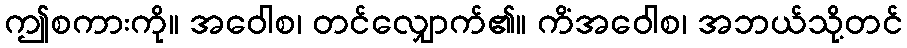
ဤစကားကို။ အဝေါစ၊ တင်လျှောက်၏။ ကိံအဝေါစ၊ အဘယ်သို့တင်